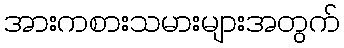
အားကစားသမားများအတွက်